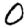
Digit: 0